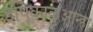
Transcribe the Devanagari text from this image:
इपिकाकुआन्हा